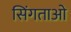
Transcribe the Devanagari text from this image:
सिंगताओ